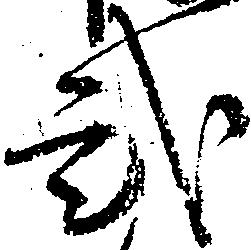
弐